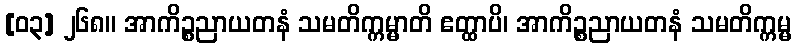
[၀၃] ၂၆၈။ အာကိဉ္စညာယတနံ သမတိက္ကမ္မာတိ ဧတ္ထာပိ၊ အာကိဉ္စညာယတနံ သမတိက္ကမ္မ